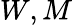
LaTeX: W,M